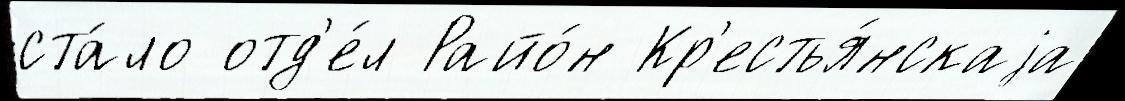
ста́ло отд'е́л Райо́н Кр'естья́нскаjа